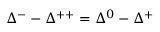
\Delta ^ { - } - \Delta ^ { + + } = \Delta ^ { 0 } - \Delta ^ { + }